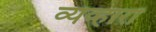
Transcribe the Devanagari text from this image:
व्यव्हारों